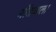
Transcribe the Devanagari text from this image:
गोंधळला